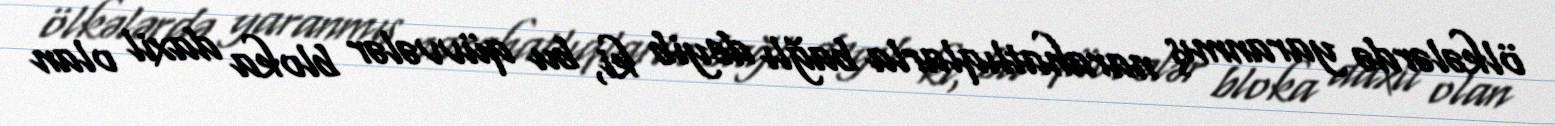
ölkələrdə yaranmış narahatlıqlarla bağlı deyib ki, bu qüvvələr bloka daxil olan